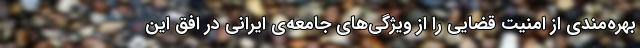
بهره‌مندی از امنیت قضایی را از ویژگی‌های جامعه‌ی ایرانی در افق این